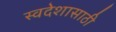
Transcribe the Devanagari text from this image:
स्वदेशासाठी